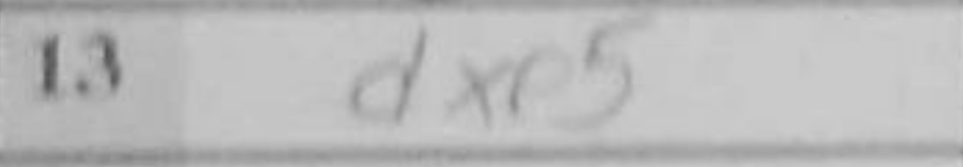
Transcription: dxe5